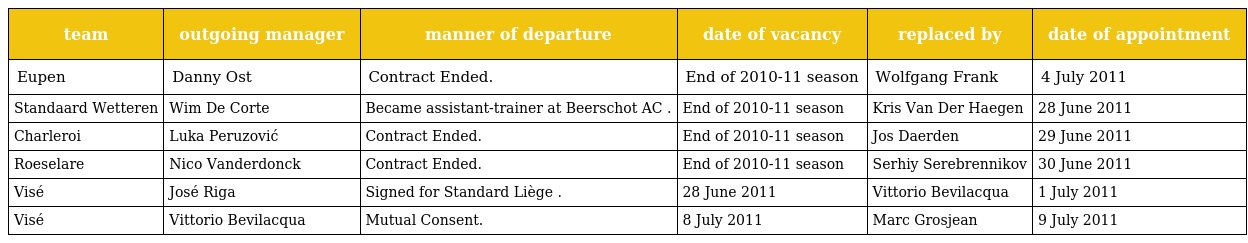
| team | outgoing manager | manner of departure | date of vacancy | replaced by | date of appointment |
 | --- | --- | --- | --- | --- | --- |
 | Eupen | Danny Ost | Contract Ended. | End of 2010-11 season | Wolfgang Frank | 4 July 2011 |
 | Standaard Wetteren | Wim De Corte | Became assistant-trainer at Beerschot AC . | End of 2010-11 season | Kris Van Der Haegen | 28 June 2011 |
 | Charleroi | Luka Peruzović | Contract Ended. | End of 2010-11 season | Jos Daerden | 29 June 2011 |
 | Roeselare | Nico Vanderdonck | Contract Ended. | End of 2010-11 season | Serhiy Serebrennikov | 30 June 2011 |
 | Visé | José Riga | Signed for Standard Liège . | 28 June 2011 | Vittorio Bevilacqua | 1 July 2011 |
 | Visé | Vittorio Bevilacqua | Mutual Consent. | 8 July 2011 | Marc Grosjean | 9 July 2011 |